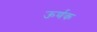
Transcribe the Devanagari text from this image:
ऊर्णक